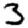
Digit: 3